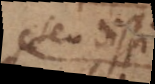
seu dissim